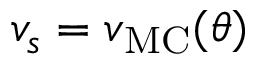
v _ { s } = v _ { \mathrm { M C } } ( \theta )